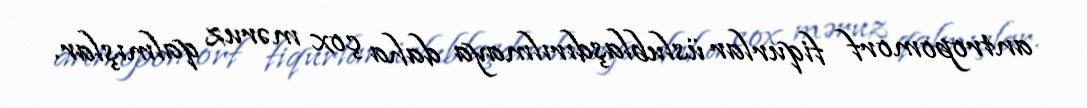
antropomorf fiqurlar üslublaşdırılmaya daha çox məruz qalmışlar.